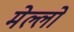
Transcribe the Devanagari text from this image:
मेल्लो